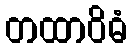
တထာဝိဓံ